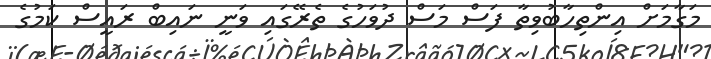
މަގާމަށް އިންތިހާބުވިތާ ފަސް މަސް ދުވަހުގެ ތެރޭގައި ވަނީ ނައިބް ރައީސް ކަމުގެ